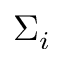
\Sigma _ { i }